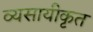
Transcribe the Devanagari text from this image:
व्यसायीकृत